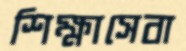
শিক্ষাসেবা